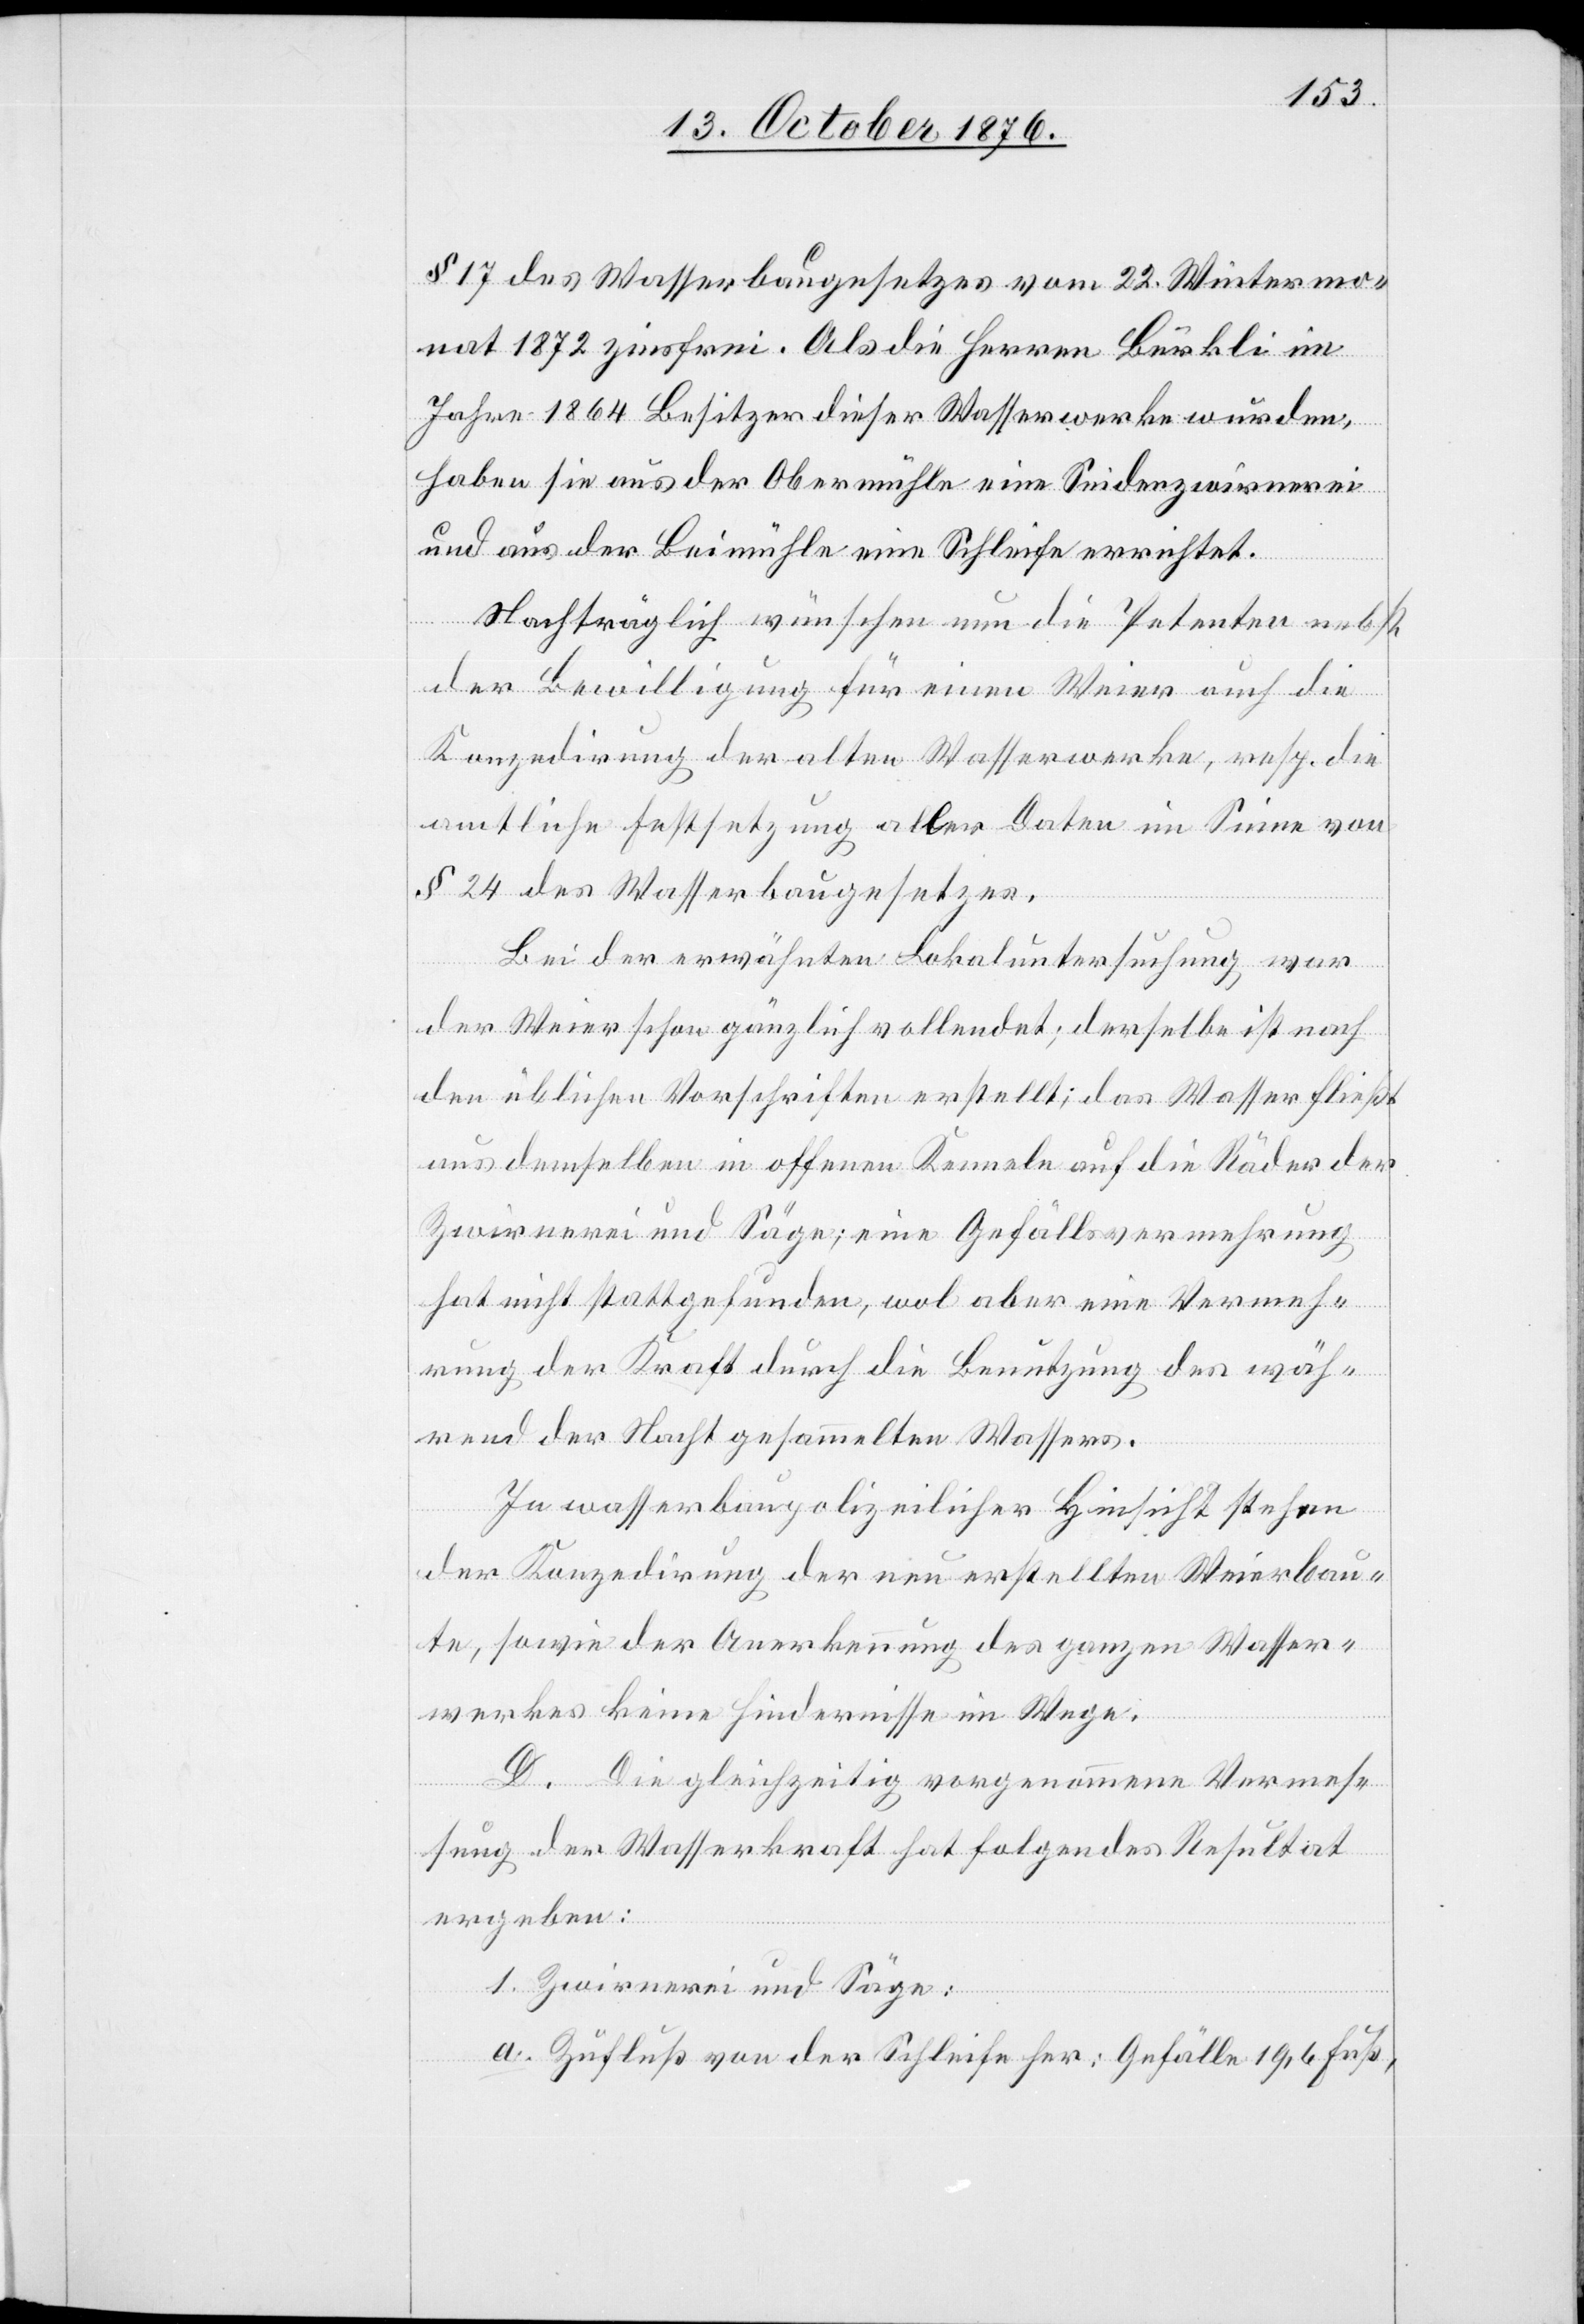
§ 17 des Wasserbaugesetzes vom 22. Wintermo¬
nat 1872 zinsfrei. Als die Herren Bürkli im
Jahre 1864 Besitzer dieser Wasserwerke wurden,
haben sie aus der Obermühle eine Seidenzwirnerei
und aus der Beimühle eine Schleife errichtet.
a.
Nachträglich wünschen nun die Petenten nebst
der Bewilligung für einen Weier auch die
Konzedirung der alten Wasserwerke, resp. die
amtliche Festsetzung aller Daten im Sinne von
§ 24 des Wasserbaugesetzes.
Bei der erwähnten Lokaluntersuchung war
der Weier schon gänzlich vollendet; derselbe ist nach
den üblichen Vorschriften erstellt; das Wasser fließt
aus demselben in offenem Kanale auf die Räder der
Zwirnerei und Säge; eine Gefällsvermehrung
hat nicht stattgefunden, wol aber eine Vermeh¬
rung der Kraft durch die Benutzung des wäh¬
rend der Nacht gesammelten Wassers.
In wasserbaupolizeilicher Hinsicht stehen
der Konzedirung der neu erstellten Weierbau¬
te, sowie der Anerkennung des ganzen Wasser¬
werkes keine Hindernisse im Wege.
D. Die gleichzeitig vorgenommene Vermes¬
sung der Wasserkraft hat folgendes Resultat
ergeben:
1. Zwirnerei und Säge:
Zufluß von der Schleife her: Gefälle 19,6 Fuß,